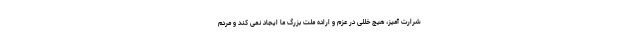
شرارت آمیز، هیچ خللی در عزم و اراده ملت بزرگ ما ایجاد نمی کند و مردم